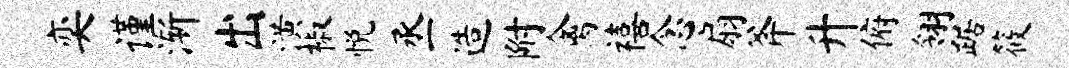
奕谨渐出潢椒悦丞造附禽禧念扇斧升俯翎踞筱